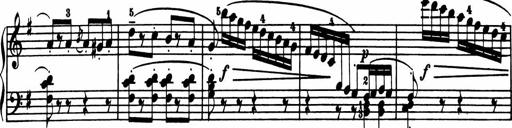
Title: Sonatina in G major
Composer: Friedrich Kuhlau
Key: G major